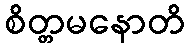
စိတ္တမနောတိ